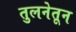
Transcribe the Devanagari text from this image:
तुलनेतून